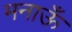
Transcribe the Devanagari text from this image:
मनाऊँ